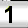
Digit: 1